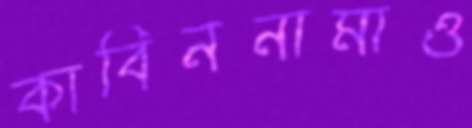
কাবিননামাও